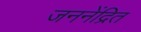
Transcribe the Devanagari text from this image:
जननेंद्रित